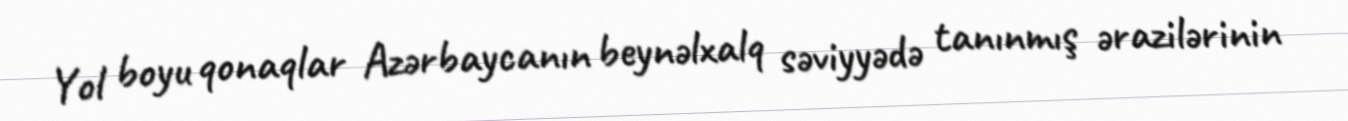
Yol boyu qonaqlar Azərbaycanın beynəlxalq səviyyədə tanınmış ərazilərinin